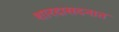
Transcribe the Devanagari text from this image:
शारदासदनात